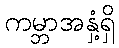
ကမ္ဘာအနှံ့ရှိ